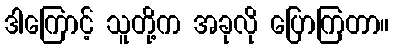
ဒါကြောင့် သူတို့က အခုလို ပြောကြတာ။